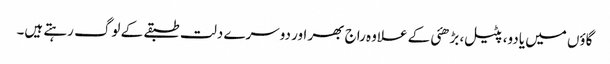
گاؤں میں یادو، پٹیل، بڑھئی کے علاوہ راج بھر اور دوسرے دلت طبقے کے لوگ رہتے ہیں۔